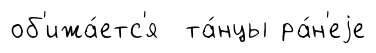
об'ижа́етс'я та́нцы ра́н'еjе